Malaria in the Punjab - Number 46
Disease focus: Malaria
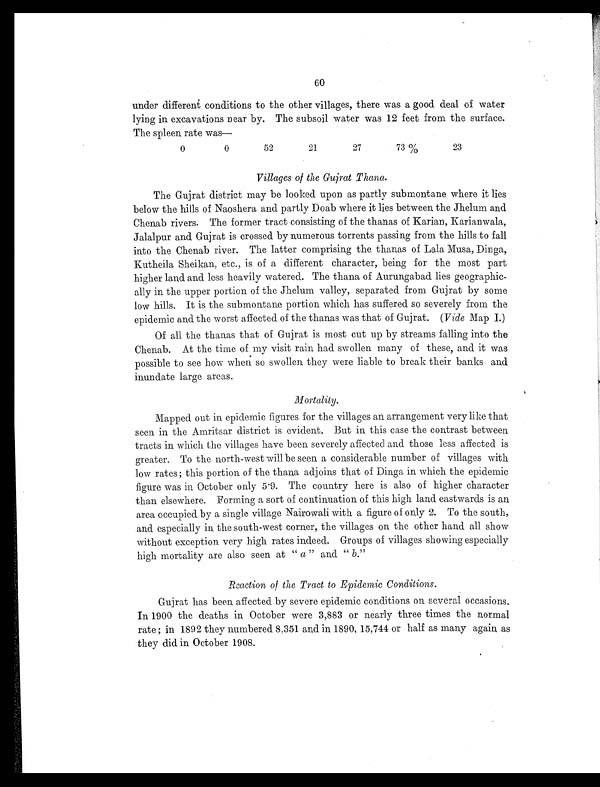
60
under different conditions to the other villages, there was a good deal of water
lying in excavations near by. The subsoil water was 12 feet from the surface.
The spleen rate was—
0
0
52
21
27
73%
23
Villages of the Gujrat Thana.
The Gujrat district may be looked upon as partly submontane where it lies
below the hills of Naoshera and partly Doab where it lies between the Jhelum and
Chenab rivers. The former tract consisting of the thanas of Karian, Karianwala,
Jalalpur and Gujrat is crossed by numerous torrents passing from the hills to fall
into the Chenab river. The latter comprising the thanas of Lala Musa, Dinga,
Kutheila Sheikan, etc., is of a different character, being for the most part
higher land and less heavily watered. The thana of Aurungabad lies geographic
-ally in the upper portion of the Jhelum valley, separated from Gujrat by some
low hills. It is the submontane portion which has suffered so severely from the
epidemic and the worst affected of the thanas was that of Gujrat. ( Vide Map I.)
Of all the thanas that of Gujrat is most cut up by streams falling into the
Chenab. At the time of my visit rain had swollen many of these, and it was
possible to see how when so swollen they were liable to break their banks and
inundate large areas.
Mortality.
Mapped out in epidemic figures for the villages an arrangement very like that
seen in the Amritsar district is evident. But in this case the contrast between
tracts in which the villages have been severely affected and those less affected is
greater. To the north-west will be seen a considerable number of villages with
low rates ; this portion of the thana adjoins that of Dinga in which the epidemic
figure was in October only 5.9. The country here is also of higher character
than elsewhere. Forming a sort of continuation of this high land eastwards is an
area occupied by a single village Nairowali with a figure of only 2. To the south,
and especially in the south-west corner, the villages on the other hand all show
without exception very high rates indeed. Groups of villages showing especially
high mortality are also seen at " a " and " b. "
Reaction of the Tract to Epidemic Conditions.
Gujrat has been affected by severe epidemic conditions on several occasions.
In 1900 the deaths in October were 3,883 or nearly three times the normal
rate ; in 1892 they numbered 8,351 and in 1890, 15,744 or half as many again as
they did in October 1908.